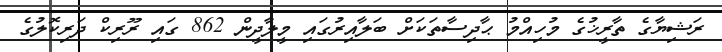
ރަޝިޔާގެ ތާރީޚުގެ މުހިއްމު ޙާދިސާތަކަށް ބަލާއިރުގައި މީލާދީން 862 ގައި ރޫރިކް ދަރިކޮލުގެ